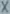
Text: X